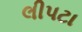
લીપટા